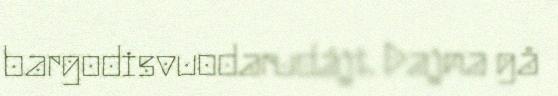
bargodisvuodarudájt. Dajna gå